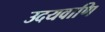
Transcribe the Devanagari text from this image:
उदयवाणि